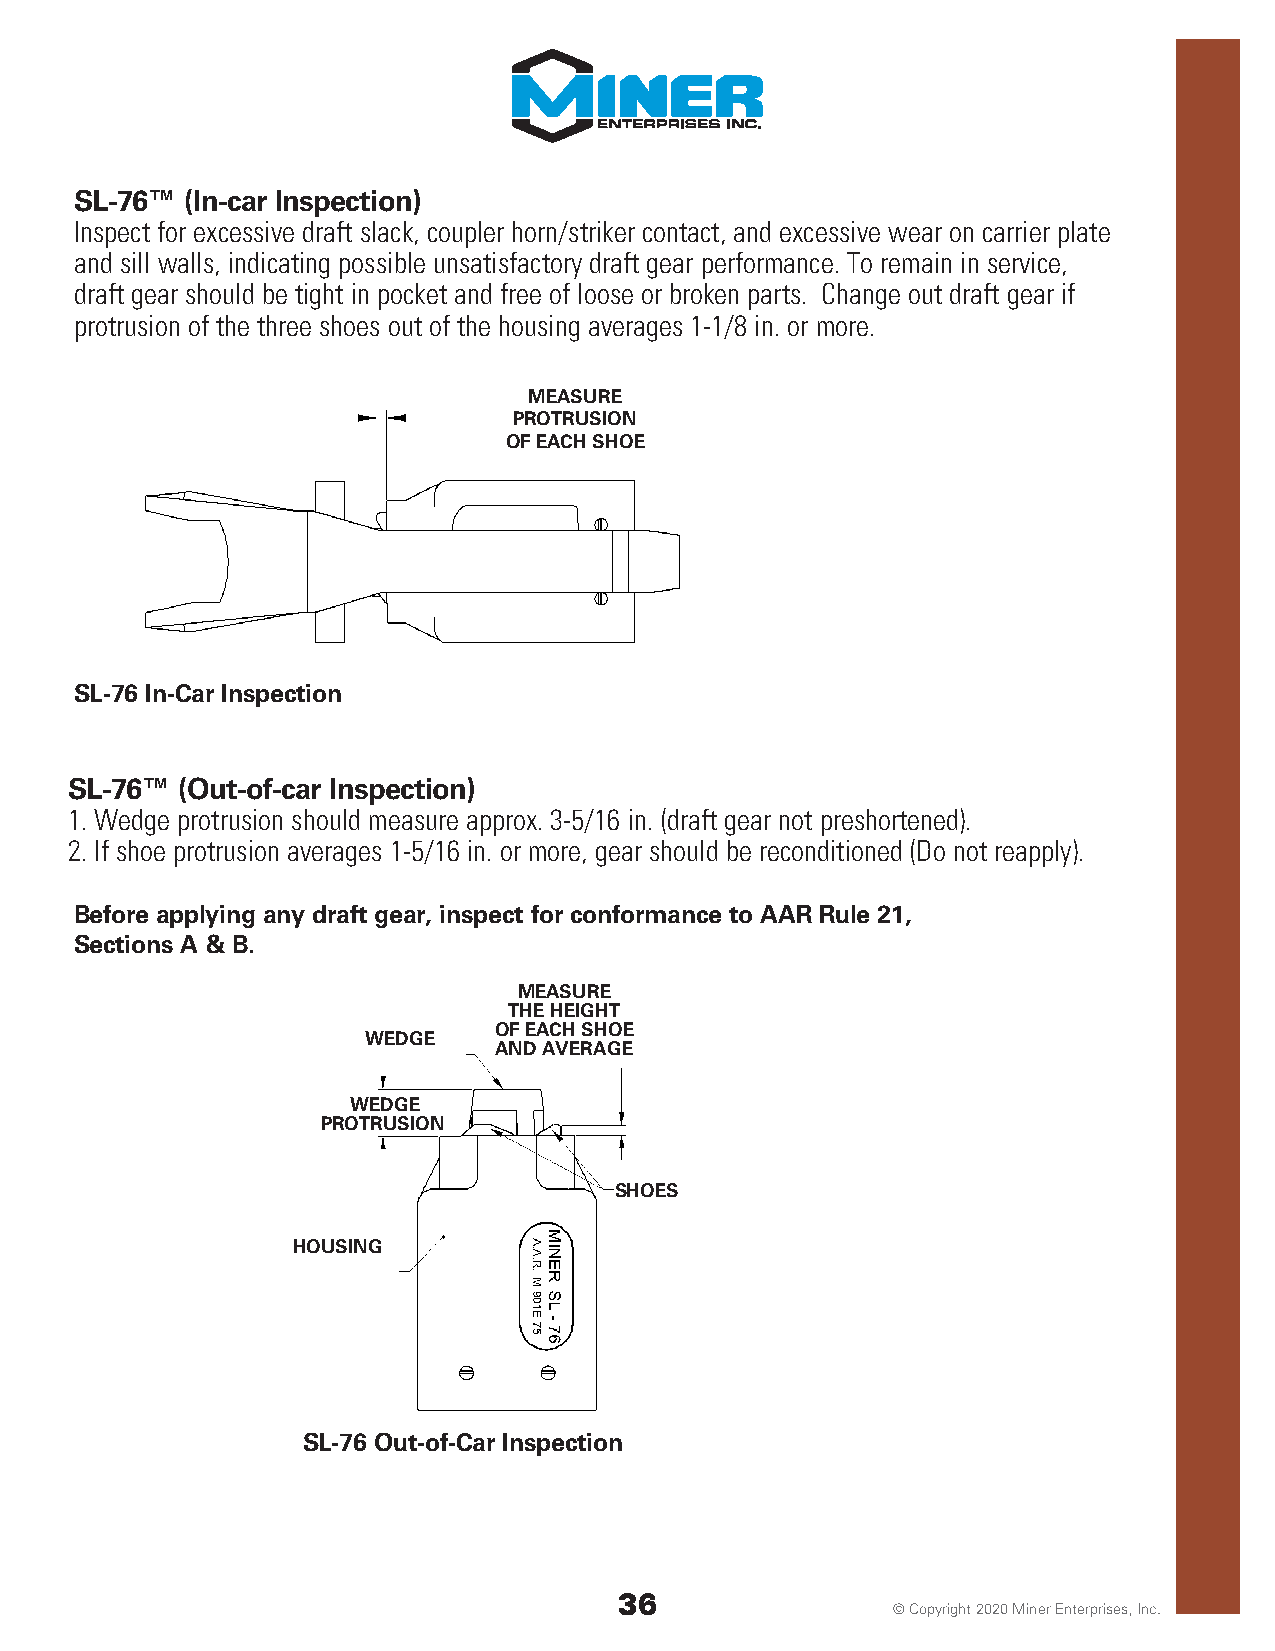
SL-76™ (In-car Inspection)
 Inspect for excessive draft slack, coupler horn/striker contact, and excessive wear on carrier plate
 and sill walls, indicating possible unsatisfactory draft gear performance. To remain in service,
 draft gear should be tight in pocket and free of loose or broken parts. Change out draft gear if
 protrusion of the three shoes out of the housing averages 1-1/8 in. or more.
 MEASURE
 PROTRUSION
 OF EACH SHOE
 SL-76 In-Car Inspection
 SL-76™  (Out-of-car Inspection)
 1. Wedge protrusion should measure approx. 3-5/16 in. (draft gear not preshortened).
 2. If shoe protrusion averages 1-5/16 in. or more, gear should be reconditioned (Do not reapply).
 Before applying any draft gear, inspect for conformance to AAR Rule 21,
 Sections A & B.
 MEASURE
 THE HEIGHT
 OF EACH SHOE
 WEDGE
 AND AVERAGE
 WEDGE
 PROTRUSION
 SHOES
 HOUSING
 SL-76 Out-of-Car Inspection
 3366
 © Copyright 2020 Miner Enterprises, Inc.